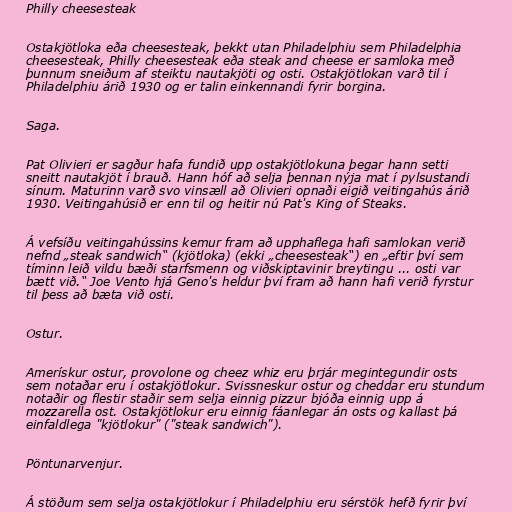
Philly cheesesteak

Ostakjötloka eða cheesesteak, þekkt utan Philadelphiu sem Philadelphia
cheesesteak, Philly cheesesteak eða steak and cheese er samloka með
þunnum sneiðum af steiktu nautakjöti og osti. Ostakjötlokan varð til í
Philadelphiu árið 1930 og er talin einkennandi fyrir borgina.

Saga.

Pat Olivieri er sagður hafa fundið upp ostakjötlokuna þegar hann setti
sneitt nautakjöt í brauð. Hann hóf að selja þennan nýja mat í pylsustandi
sínum. Maturinn varð svo vinsæll að Olivieri opnaði eigið veitingahús árið
1930. Veitingahúsið er enn til og heitir nú Pat's King of Steaks.

Á vefsíðu veitingahússins kemur fram að upphaflega hafi samlokan verið
nefnd „steak sandwich“ (kjötloka) (ekki „cheesesteak“) en „eftir því sem
tíminn leið vildu bæði starfsmenn og viðskiptavinir breytingu ... osti var
bætt við.“ Joe Vento hjá Geno's heldur því fram að hann hafi verið fyrstur
til þess að bæta við osti.

Ostur.

Amerískur ostur, provolone og cheez whiz eru þrjár megintegundir osts
sem notaðar eru í ostakjötlokur. Svissneskur ostur og cheddar eru stundum
notaðir og flestir staðir sem selja einnig pizzur bjóða einnig upp á
mozzarella ost. Ostakjötlokur eru einnig fáanlegar án osts og kallast þá
einfaldlega "kjötlokur" ("steak sandwich").

Pöntunarvenjur.

Á stöðum sem selja ostakjötlokur í Philadelphiu eru sérstök hefð fyrir því